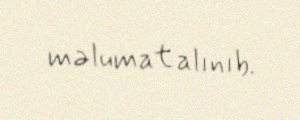
məlumat alınıb.